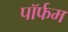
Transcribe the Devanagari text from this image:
पॉर्फम